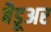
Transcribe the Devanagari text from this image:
बैडूअर